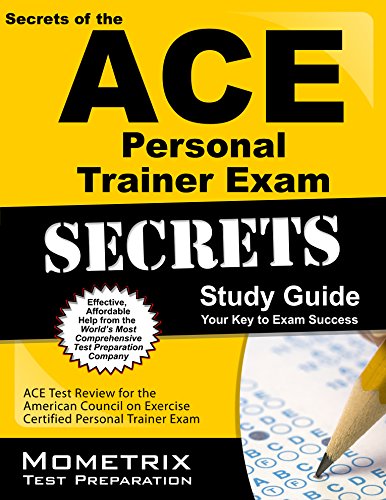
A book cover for Secrets of the ACE Personal Trainer Exam Study Guide: ACE Test Review for the American Council on Exercise Certified Personal Trainer Exam; ACE Exam Secrets Test Prep Team; Test Preparation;